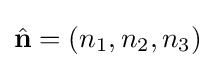
{\hat {\mathbf {n} }}=(n_{1},n_{2},n_{3})